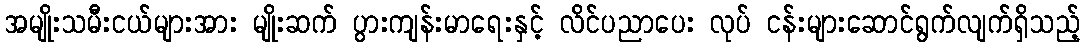
အမျိုးသမီးငယ်များအား မျိုးဆက် ပွားကျန်းမာရေးနှင့် လိင်ပညာပေး လုပ် ငန်းများဆောင်ရွက်လျက်ရှိသည့်